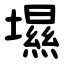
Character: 㙷